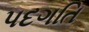
પદગતિ